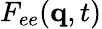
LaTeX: F_{ee}(\mathbf{q},t)